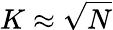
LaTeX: K\approx\sqrt{N}